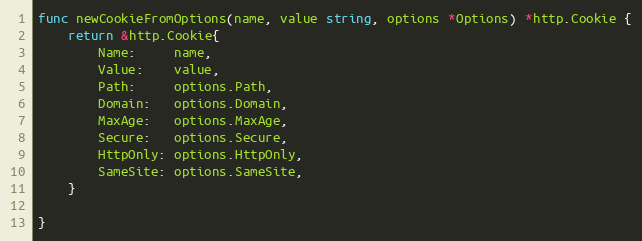
Language: Go
func newCookieFromOptions(name, value string, options *Options) *http.Cookie {
	return &http.Cookie{
		Name:     name,
		Value:    value,
		Path:     options.Path,
		Domain:   options.Domain,
		MaxAge:   options.MaxAge,
		Secure:   options.Secure,
		HttpOnly: options.HttpOnly,
		SameSite: options.SameSite,
	}

}